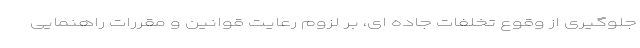
جلوگیری از وقوع تخلفات جاده ای، بر لزوم رعایت قوانین و مقررات راهنمایی